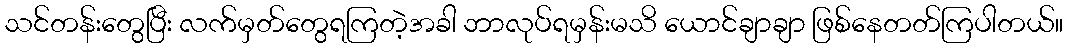
သင်တန်းတွေပြီး လက်မှတ်တွေရကြတဲ့အခါ ဘာလုပ်ရမှန်းမသိ ယောင်ချာချာ ဖြစ်နေတတ်ကြပါတယ်။